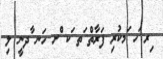
ިރ ަހ ަމކުރި ފަރާތް ަތ ަކ ްށ ހަނ ާދނީ ލި